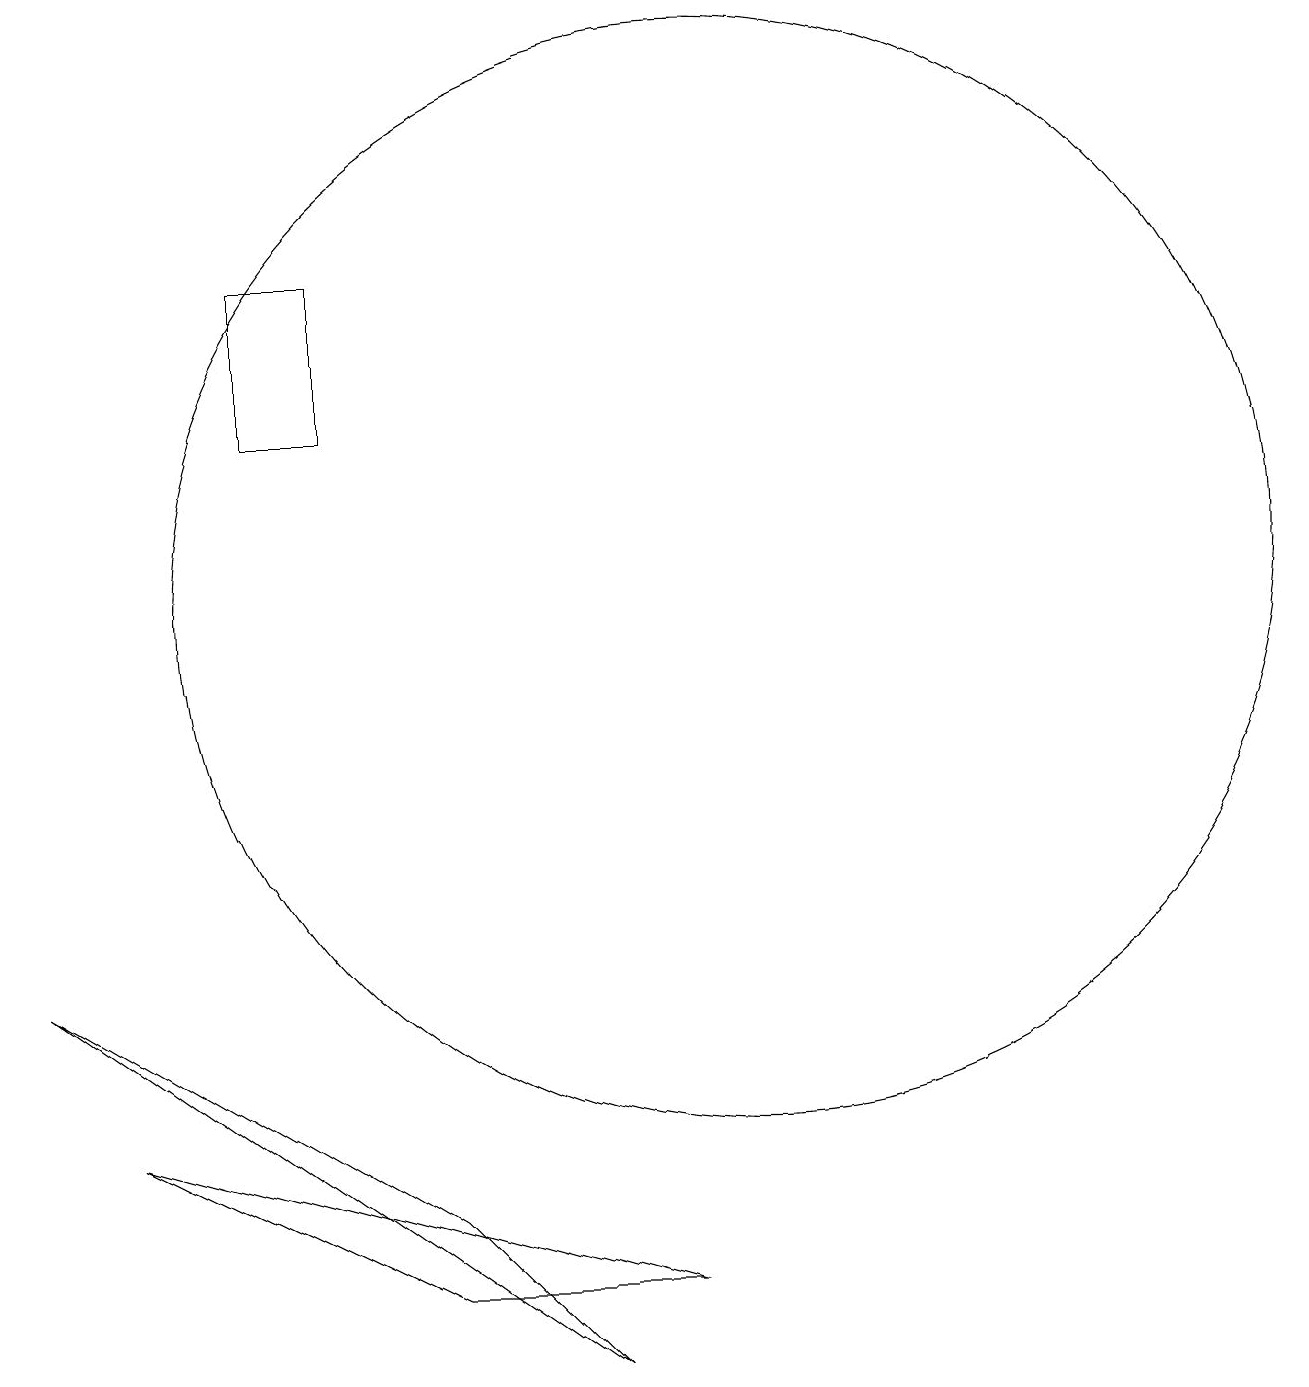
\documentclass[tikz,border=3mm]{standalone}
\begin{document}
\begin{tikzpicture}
\draw (4,12) rectangle (5,14);
\draw (8,0) -- (1,5) -- (6,2) -- cycle;
\draw (2,3) -- (9,1) -- (6,1) -- cycle;
\draw (10,10) circle (7);
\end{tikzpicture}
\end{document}